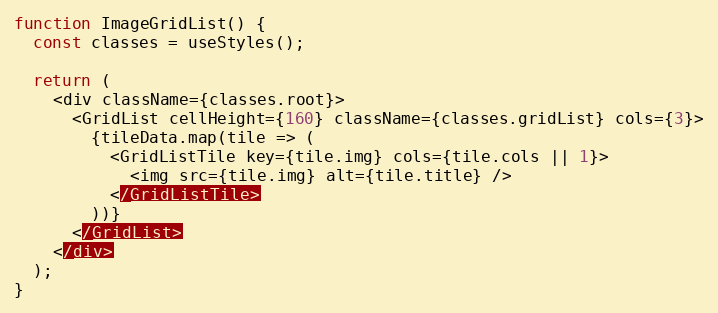
Language: JavaScript
function ImageGridList() {
  const classes = useStyles();

  return (
    <div className={classes.root}>
      <GridList cellHeight={160} className={classes.gridList} cols={3}>
        {tileData.map(tile => (
          <GridListTile key={tile.img} cols={tile.cols || 1}>
            <img src={tile.img} alt={tile.title} />
          </GridListTile>
        ))}
      </GridList>
    </div>
  );
}